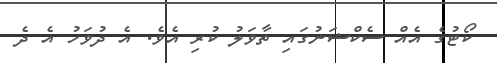
ކޯޓުގެ އެއް ސެކްޝަނުގައި ތާވަލު ކުރި އެވެ. އެ ދުވަހު އެ ދެ